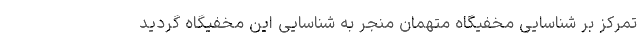
تمرکز بر شناسایی مخفیگاه متهمان منجر به شناسایی این مخفیگاه گردید